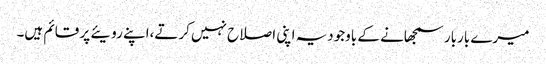
میرے باربار سمجھانے کے باوجودیہ اپنی اصلاح نہیں کرتے،اپنے رویئے پر قائم ہیں۔